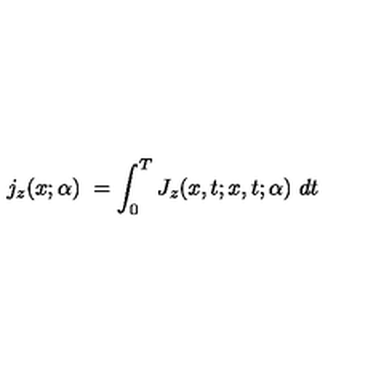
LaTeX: j _ { z } ( x ; \alpha ) \ = \int _ { 0 } ^ { T } J _ { z } ( x , t ; x , t ; \alpha ) \ d t